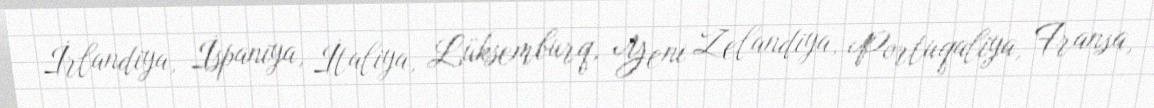
İrlandiya, İspaniya, İtaliya, Lüksemburq, Yeni Zelandiya, Portuqaliya, Fransa,